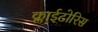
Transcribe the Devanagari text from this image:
क्लाईटोरिस